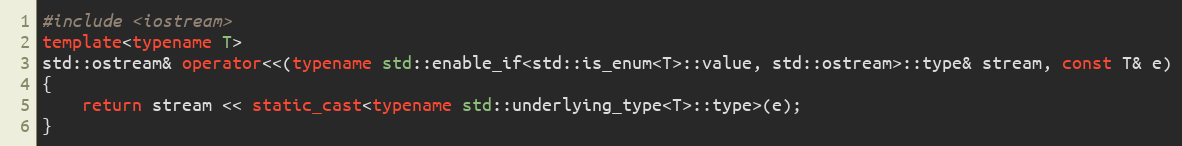
Language: C++
#include <iostream>
template<typename T>
std::ostream& operator<<(typename std::enable_if<std::is_enum<T>::value, std::ostream>::type& stream, const T& e)
{
    return stream << static_cast<typename std::underlying_type<T>::type>(e);
}